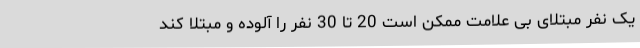
یک نفر مبتلای بی علامت ممکن است 20 تا 30 نفر را آلوده و مبتلا کند